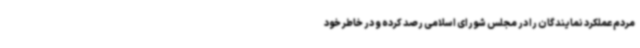
مردم عملکرد نمایندگان را در مجلس شورای اسلامی رصد کرده و در خاطر خود